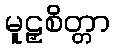
မူဠှစိတ္တာ